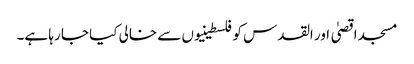
مسجد اقصیٰ اور القدس کو فلسطینیوں سے خالی کیا جا رہا ہے۔